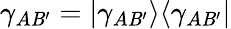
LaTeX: \gamma_{A\mathit{B}^{\prime}}=|\gamma_{A\mathit{B}^{\prime}}\rangle\langle\gamma_{A\mathit{B}^{\prime}}|